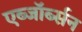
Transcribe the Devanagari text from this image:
एब्जॉर्ब्सन